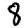
Digit: 8